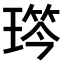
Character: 𤨋